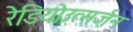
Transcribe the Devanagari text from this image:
रेडियोउत्सर्जन